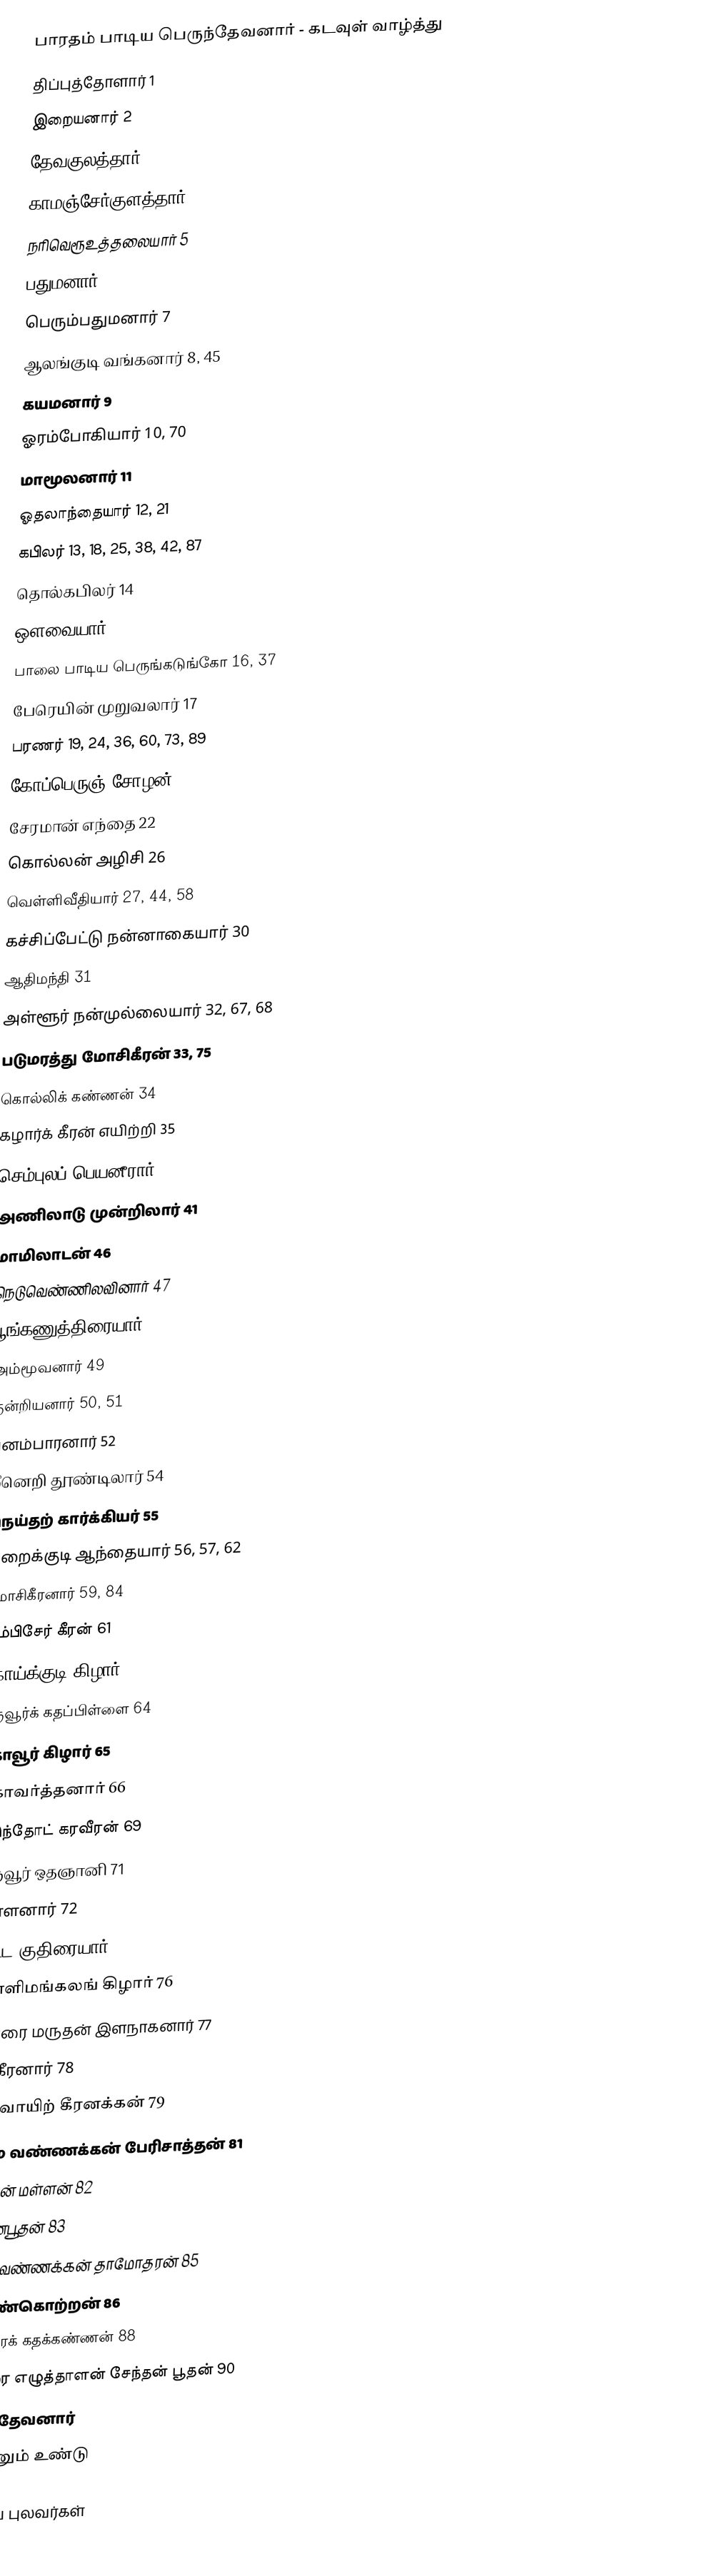
பாரதம் பாடிய பெருந்தேவனார் - கடவுள் வாழ்த்து
 திப்புத்தோளார் 1
 இறையனார் 2
 தேவகுலத்தார் 3
 காமஞ்சேர்குளத்தார் 4
 நரிவெரூஉத்தலையார் 5
 பதுமனார் 6
 பெரும்பதுமனார் 7
 ஆலங்குடி வங்கனார் 8, 45
 கயமனார் 9
 ஓரம்போகியார் 10, 70
 மாமூலனார் 11
 ஓதலாந்தையார் 12, 21
 கபிலர் 13, 18, 25, 38, 42, 87
 தொல்கபிலர் 14
 ஔவையார் 15, 23, 28, 29, 39, 43, 80
 பாலை பாடிய பெருங்கடுங்கோ 16, 37
 பேரெயின் முறுவலார் 17
 பரணர் 19, 24, 36, 60, 73, 89
 கோப்பெருஞ் சோழன் 20, 53
 சேரமான் எந்தை 22
 கொல்லன் அழிசி 26
 வெள்ளிவீதியார் 27, 44, 58
 கச்சிப்பேட்டு நன்னாகையார் 30
 ஆதிமந்தி 31
 அள்ளூர் நன்முல்லையார் 32, 67, 68
 படுமரத்து மோசிகீரன் 33, 75
 கொல்லிக் கண்ணன் 34
 கழார்க் கீரன் எயிற்றி 35
 செம்புலப் பெயனீரார் 40
 அணிலாடு முன்றிலார் 41
 மாமிலாடன் 46
 நெடுவெண்ணிலவினார் 47
 பூங்கணுத்திரையார் 48
 அம்மூவனார் 49
 குன்றியனார் 50, 51
 பனம்பாரனார் 52
 மீனெறி தூண்டிலார் 54
 நெய்தற் கார்க்கியர் 55
 சிறைக்குடி ஆந்தையார் 56, 57, 62
 மோசிகீரனார் 59, 84
 தும்பிசேர் கீரன் 61
 உகாய்க்குடி கிழார் 63
 கருவூர்க் கதப்பிள்ளை 64
 கோவூர் கிழார் 65
 கோவர்த்தனார் 66
 கடுந்தோட் கரவீரன் 69
 கருவூர் ஒதஞானி 71
 மள்ளனார் 72
 விட்ட குதிரையார் 74
 கிள்ளிமங்கலங் கிழார் 76
 மதுரை மருதன் இளநாகனார் 77
 நக்கீரனார் 78
 குடவாயிற் கீரனக்கன் 79
 வடம வண்ணக்கன் பேரிசாத்தன் 81
 கடுவன் மள்ளன் 82
 வெண்பூதன் 83
 வடம வண்ணக்கன் தாமோதரன் 85
 வெண்கொற்றன் 86
 மதுரைக் கதக்கண்ணன் 88
 மதுரை எழுத்தாளன் சேந்தன் பூதன் 90
 பூதந்தேவனார்
இன்னும் உண்டு

சங்கப் புலவர்கள்